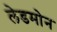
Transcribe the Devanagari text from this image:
लेडमोन